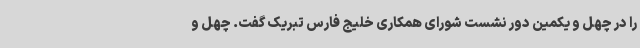
را در چهل و یکمین دور نشست شورای همکاری خلیج فارس تبریک گفت. چهل و